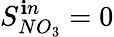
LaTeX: S_{NO_{3}}^{\mathbf{i}n}=0